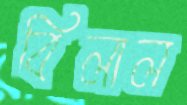
বিলাল